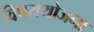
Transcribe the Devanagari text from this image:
विषययोजना